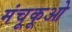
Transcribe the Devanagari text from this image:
मंचूकूओ